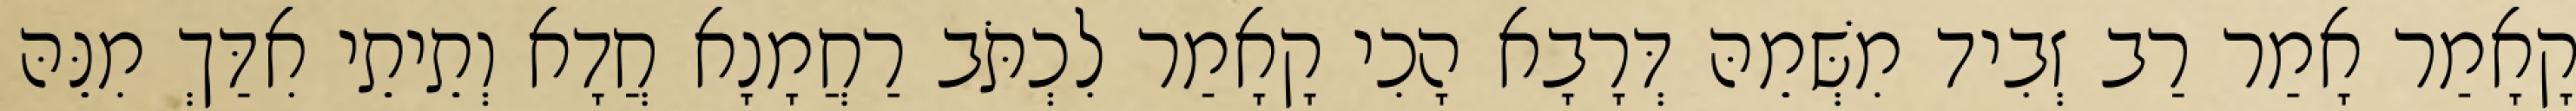
קָאָמַר אָמַר רַב זְבִיד מִשְּׁמֵהּ דְּרָבָא הָכִי קָאָמַר לִכְתֹּב רַחֲמָנָא חֲדָא וְתֵיתֵי אִדַּךְ מִנֵּהּ